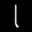
Label: 1